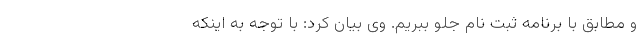
و مطابق با برنامه ثبت نام جلو ببریم. وی بیان کرد: با توجه به اینکه